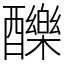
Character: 䤕